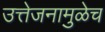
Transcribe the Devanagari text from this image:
उत्तेजनामुळेच